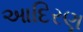
આદિરણ